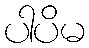
ပါပိမ